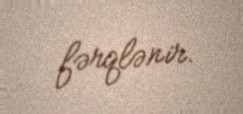
fərqlənir.